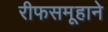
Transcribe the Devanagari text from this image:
रीफसमूहाने